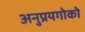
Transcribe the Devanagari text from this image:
अनुप्रयगोको